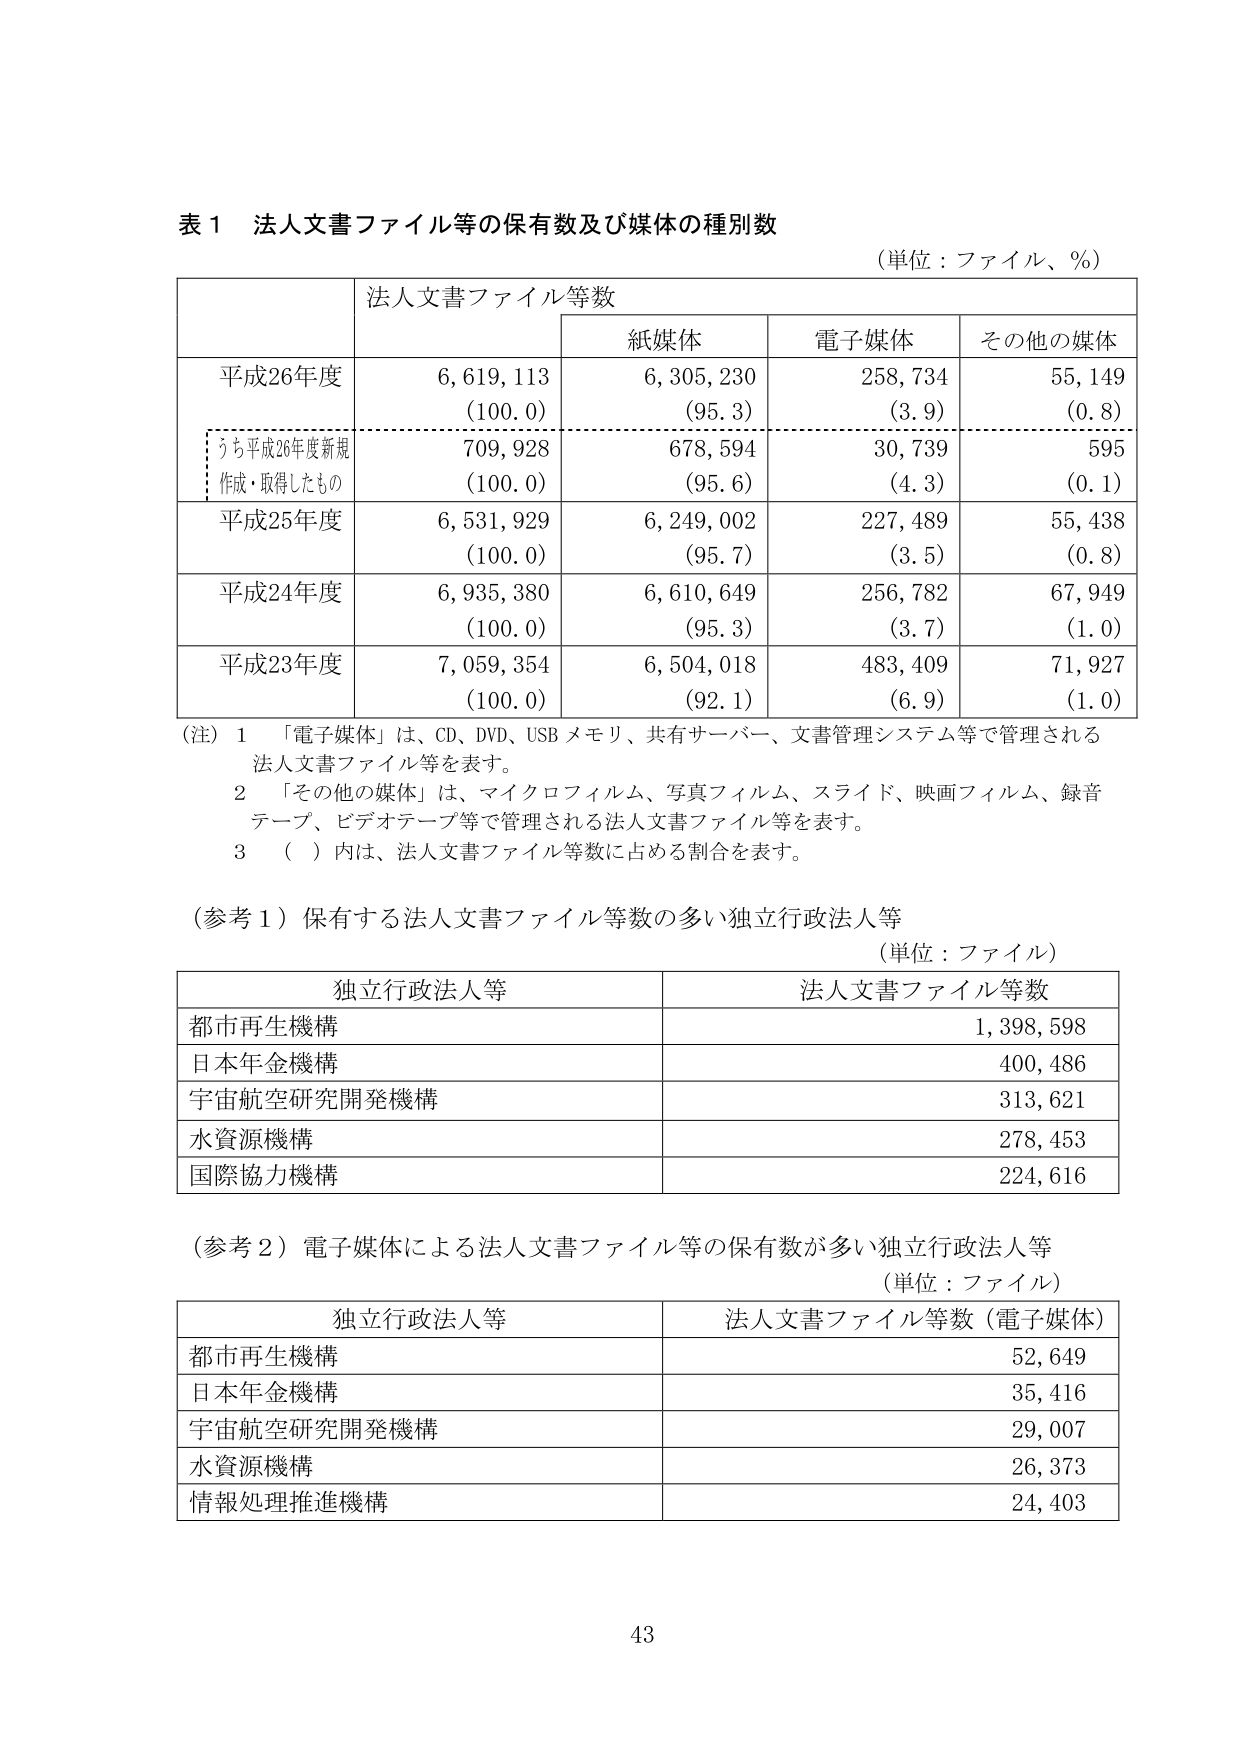
表１ 法人文書ファイル等の保有数及び媒体の種別数
（単位：ファイル、％）

| | 法人文書ファイル等数 | | |
|---|---|---|---|---|
| | | 紙媒体 | 電子媒体 | その他の媒体 |
| 平成26年度 | 6,619,113<br>（100.0） | 6,305,230<br>（95.3） | 258,734<br>（3.9） | 55,149<br>（0.8） |
| うち平成26年度新規<br>作成・取得したもの | 709,928<br>（100.0） | 678,594<br>（95.6） | 30,739<br>（4.3） | 595<br>（0.1） |
| 平成25年度 | 6,531,929<br>（100.0） | 6,249,002<br>（95.7） | 227,489<br>（3.5） | 55,438<br>（0.8） |
| 平成24年度 | 6,935,380<br>（100.0） | 6,610,649<br>（95.3） | 256,782<br>（3.7） | 67,949<br>（1.0） |
| 平成23年度 | 7,059,354<br>（100.0） | 6,504,018<br>（92.1） | 483,409<br>（6.9） | 71,927<br>（1.0） |

（注）１　「電子媒体」は、CD、DVD、USBメモリ、共有サーバー、文書管理システム等で管理される<br>　　　法人文書ファイル等を表す。<br>　　　２　「その他の媒体」は、マイクロフィルム、写真フィルム、スライド、映画フィルム、録音<br>　　　　　テープ、ビデオテープ等で管理される法人文書ファイル等を表す。<br>　　　３　（　）内は、法人文書ファイル等数に占める割合を表す。

（参考１）保有する法人文書ファイル等数の多い独立行政法人等
（単位：ファイル）

| 独立行政法人等 | 法人文書ファイル等数 |
|---|---|
| 都市再生機構 | 1,398,598 |
| 日本年金機構 | 400,486 |
| 宇宙航空研究開発機構 | 313,621 |
| 水資源機構 | 278,453 |
| 国際協力機構 | 224,616 |

（参考２）電子媒体による法人文書ファイル等の保有数が多い独立行政法人等
（単位：ファイル）

| 独立行政法人等 | 法人文書ファイル等数（電子媒体） |
|---|---|
| 都市再生機構 | 52,649 |
| 日本年金機構 | 35,416 |
| 宇宙航空研究開発機構 | 29,007 |
| 水資源機構 | 26,373 |
| 情報処理推進機構 | 24,403 |

43